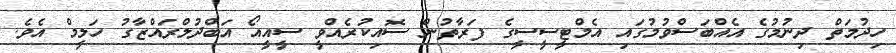
ހިދުމަތް ދިނުމުގެ އެއްބަސްވުމުގައި އެމްޓީސީސީގެ ފަރާތުން ސޮއިކުރެއްވީ ސީއީއޯ އަބްދުލްރައްޒާގު ހަލީމް އެވެ.